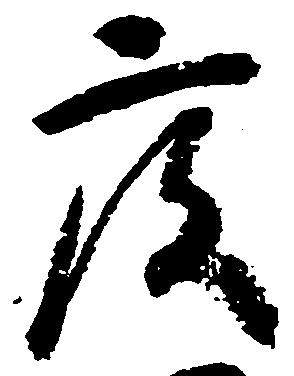
度